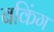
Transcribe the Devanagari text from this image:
बकिंग